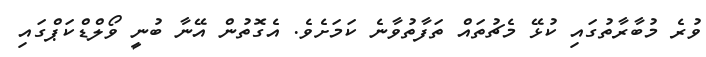
ވުރެ މުބާރާތުގައި ކުޅޭ މެޗުތައް ތަފާތުވާނެ ކަމަށެވެ. އެގޮތުން އޭނާ ބުނީ ވޯލްޑްކަޕްގައި